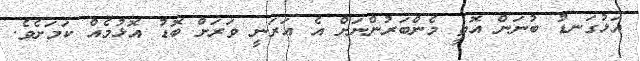
އަޅުގަނޑު ބުނަން އޮތީ މެންބަރުންނަށް އެ އަރަނީ ވަރަށް ބޮޑު އޮޅުމެއް ކަމަށެވެ.